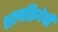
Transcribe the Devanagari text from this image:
शल्यक्रियेची